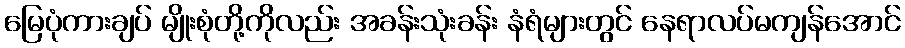
မြေပုံကားချပ် မျိုးစုံတို့ကိုလည်း အခန်းသုံးခန်း နံရံများတွင် နေရာလပ်မကျန်အောင်